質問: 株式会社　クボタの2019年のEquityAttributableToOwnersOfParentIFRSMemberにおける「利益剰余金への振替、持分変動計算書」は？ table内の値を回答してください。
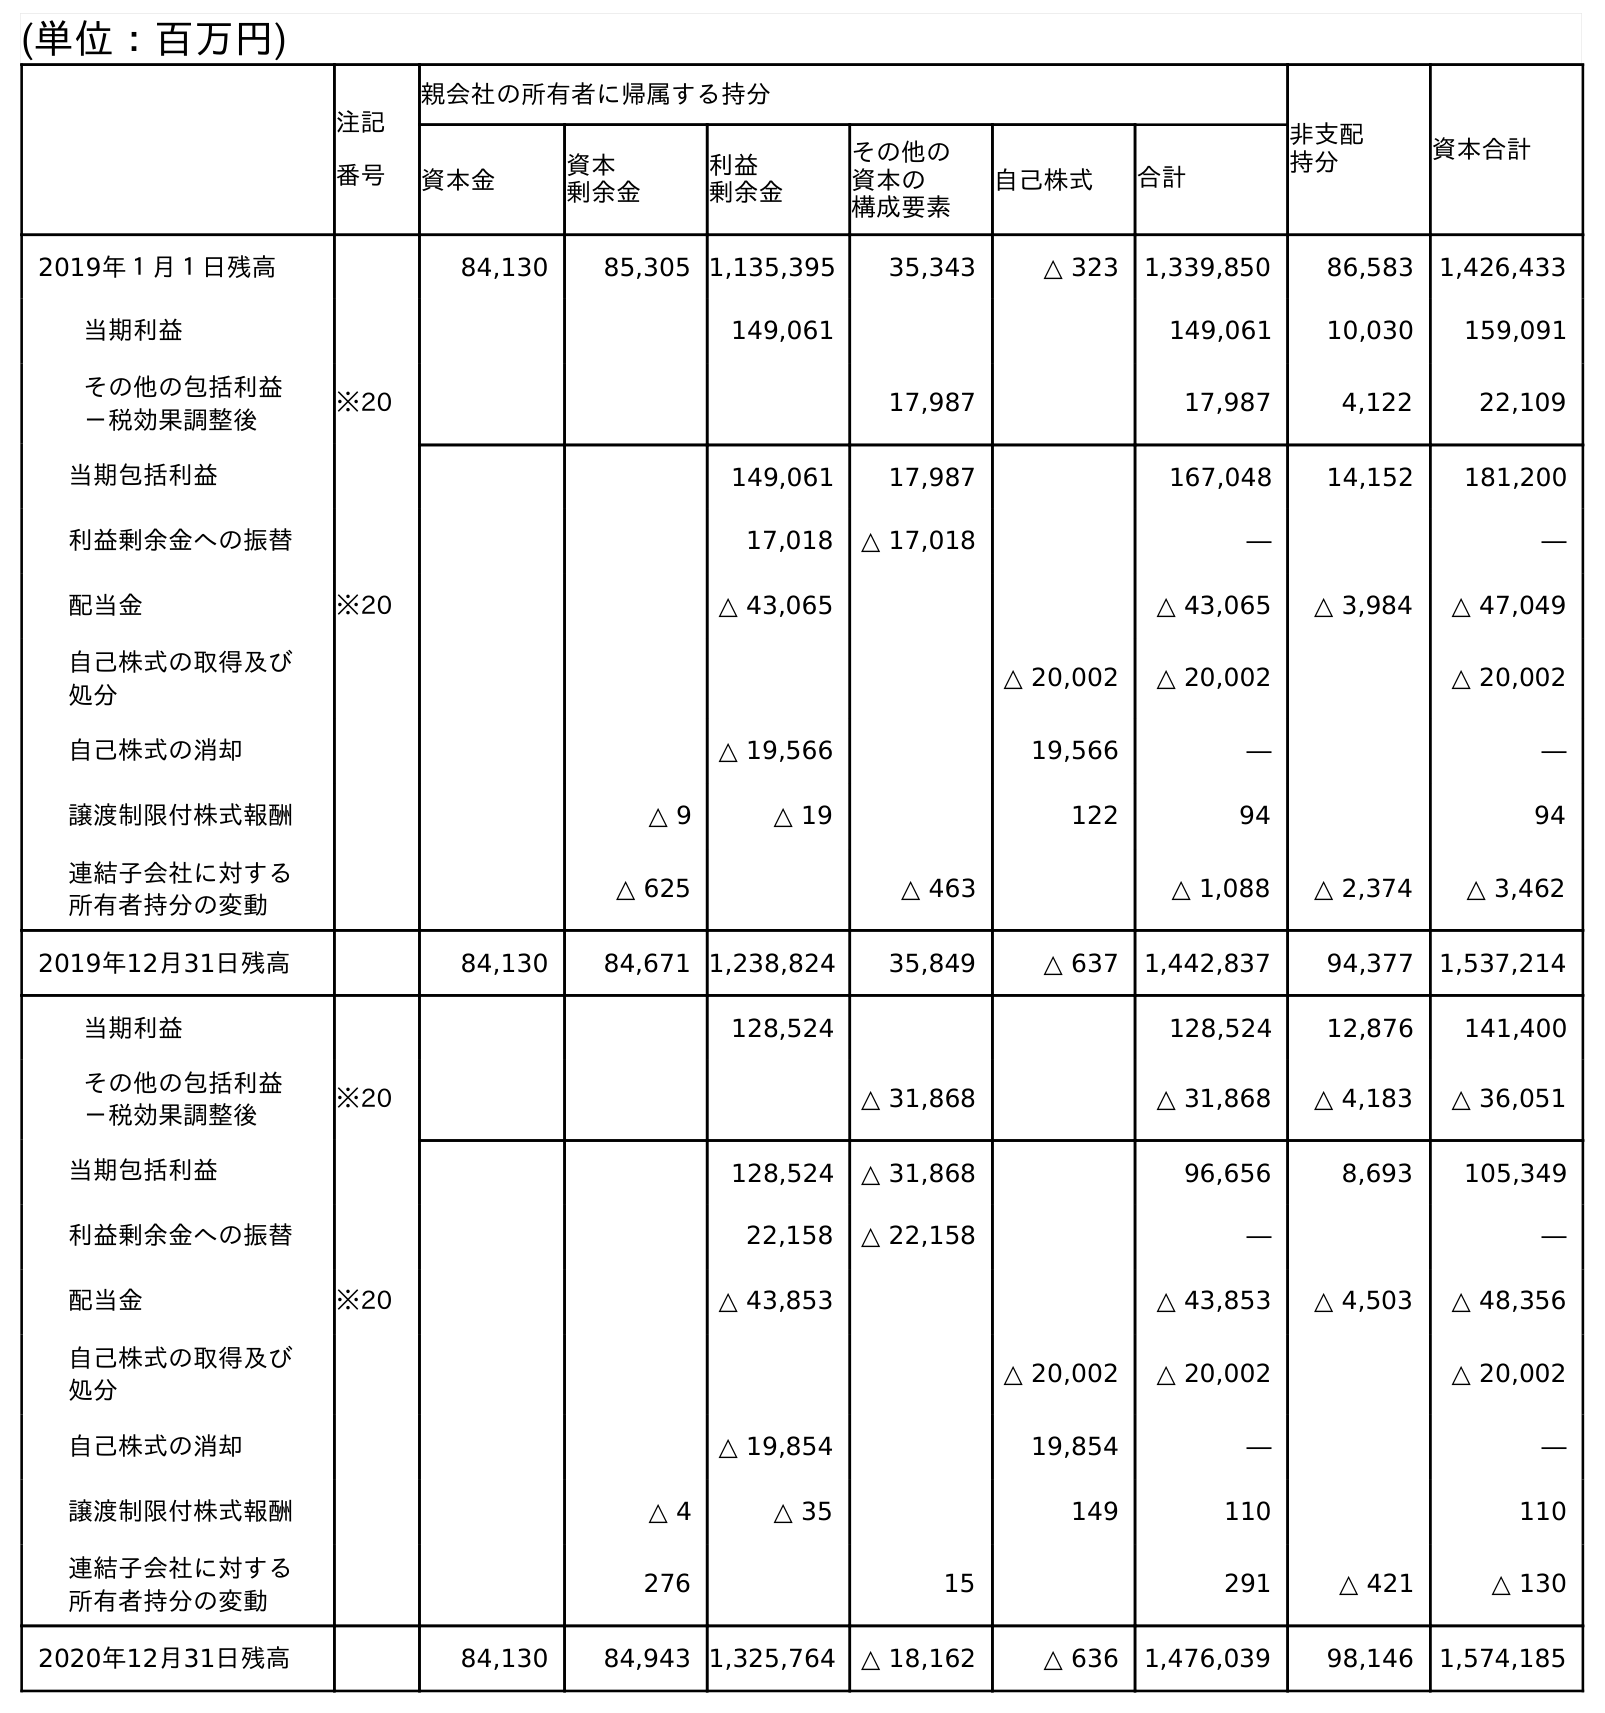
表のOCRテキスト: (単位：百万円) 注記 番号 親会社の所有者に帰属する持分 非支配 持分 資本合計 資本金 資本 剰余金 利益 剰余金 その他の 資本の 構成要素 自己株式 合計 2019年１月１日残高 84,130 85,305 1,135,395 35,343 △ 323 1,339,850 86,583 1,426,433 当期利益 149,061 149,061 10,030 159,091 その他の包括利益 －税効果調整後 ※20 17,987 17,987 4,122 22,109 当期包括利益 149,061 17,987 167,048 14,152 181,200 利益剰余金への振替 17,018 △ 17,018 ― ― 配当金 ※20 △ 43,065 △ 43,065 △ 3,984 △ 47,049 自己株式の取得及び 処分 △ 20,002 △ 20,002 △ 20,002 自己株式の消却 △ 19,566 19,566 ― ― 譲渡制限付株式報酬 △ 9 △ 19 122 94 94 連結子会社に対する 所有者持分の変動 △ 625 △ 463 △ 1,088 △ 2,374 △ 3,462 2019年12月31日残高 84,130 84,671 1,238,824 35,849 △ 637 1,442,837 94,377 1,537,214 当期利益 128,524 128,524 12,876 141,400 その他の包括利益 －税効果調整後 ※20 △ 31,868 △ 31,868 △ 4,183 △ 36,051 当期包括利益 128,524 △ 31,868 96,656 8,693 105,349 利益剰余金への振替 22,158 △ 22,158 ― ― 配当金 ※20 △ 43,853 △ 43,853 △ 4,503 △ 48,356 自己株式の取得及び 処分 △ 20,002 △ 20,002 △ 20,002 自己株式の消却 △ 19,854 19,854 ― ― 譲渡制限付株式報酬 △ 4 △ 35 149 110 110 連結子会社に対する 所有者持分の変動 276 15 291 △ 421 △ 130 2020年12月31日残高 84,130 84,943 1,325,764 △ 18,162 △ 636 1,476,039 98,146 1,574,185
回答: ―